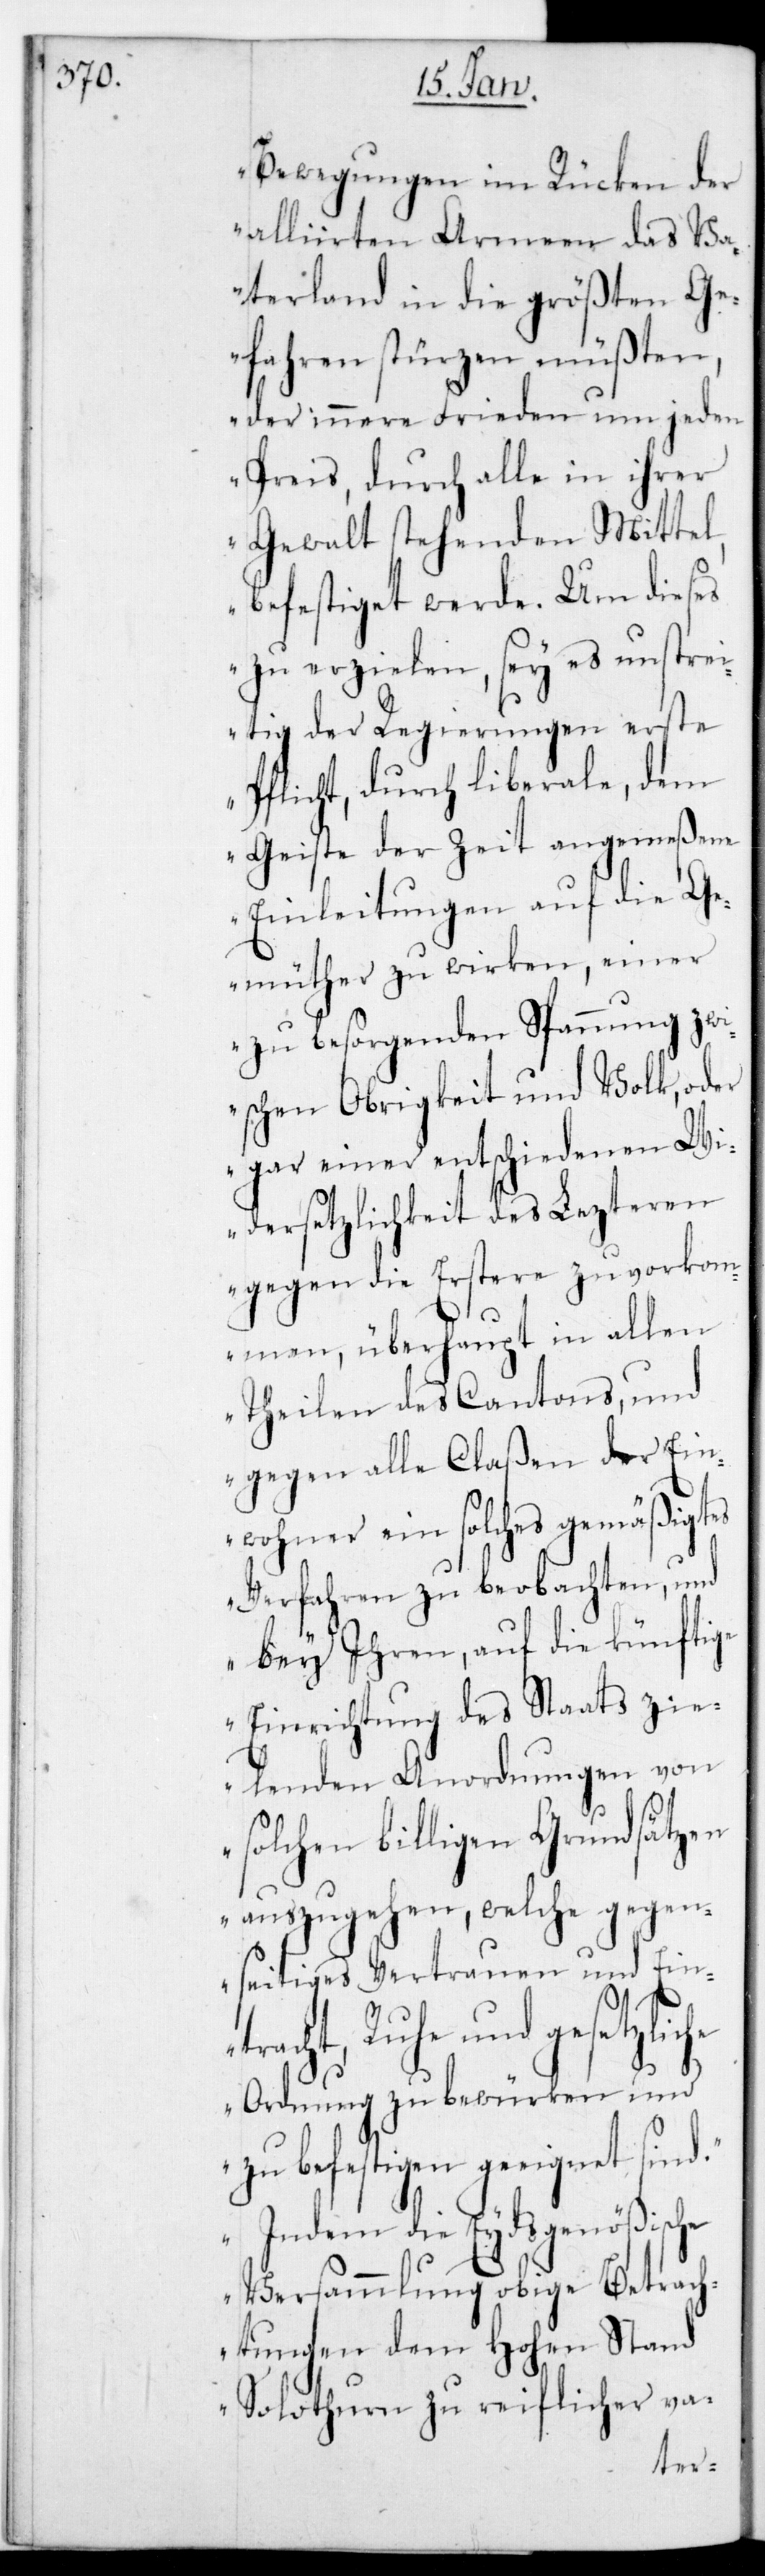
Bewegungen im Rücken der
Alliirten Armeen das Va¬
terland in die größten Ge¬
fahren stürzen müßten,
der innere Frieden um jeden
Preis, durch alle in ihrer
Gewalt stehenden Mittel,
befestiget werde. Um dieses
zu erzielen, sei es unstrei¬
tig der Regierungen erste
Pflicht, durch liberale, dem
Geiste der Zeit angemeßene
Einleitungen auf die Ge¬
müter zu wirken, einer
zu besorgenden Spannung zw¬
ischen Obrigkeit und Volk, oder
gar einer entschiedenen Wi¬
dersetzlichkeit des lezteren
gegen die erstere zuvorkomm¬
en, überhaupt in allen
Theilen des Cantons und
gegen alle Claßen der Ein¬
wohner ein solches gemäßigtes
Verfahren zu beobachten, und
bey ihren, auf die künftige
Einrichtung des Staats zie¬
lenden Anordnungen von
solchen billigen Grundsätzen
auszugehen, welche gegen¬
seitiges Vertrauen und Eint¬
racht, Ruhe und gesetzli¬
Ordnung zu bewürken und
zu befestigen geeignet sind.
Indem die Eydsgenößische
Versammlung obige Betrach¬
tungen dem Hohen Stand
Solothurn zu reiflicher va-
che